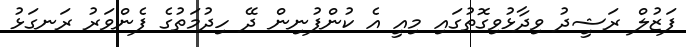
ފަޒުލް ރަޝީދު ވިދާޅުވިގޮތުގައި މިއީ އެ ކުންފުނިން ދޭ ހިދުމަތުގެ ފެންވަރު ރަނގަޅު